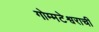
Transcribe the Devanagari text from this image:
गोम्मटेश्वराची